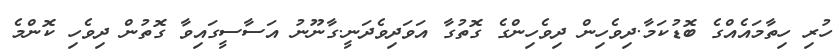
ހުރި ހިތާމައެއްގެ ބޮޑުކަމާ.ދިވެހިން ދިވެހިންގެ ގޮތުގާ އަވަދިވެދަނީ.ގާނޫނު އަސާސީގައިވާ ގޮތުން ދިވެހި ކޮންމެ